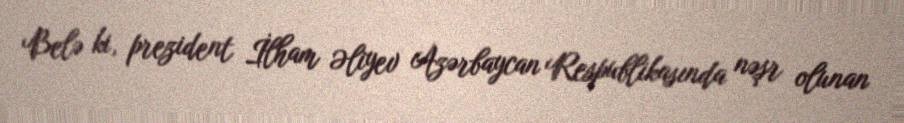
Belə ki, prezident İlham Əliyev Azərbaycan Respublikasında nəşr olunan